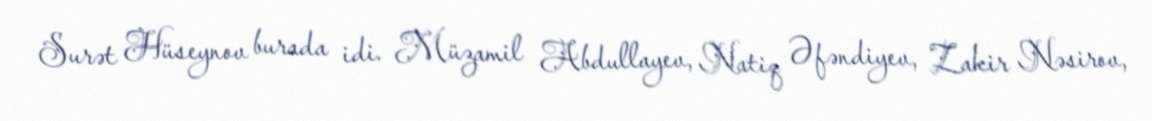
Surət Hüseynov burada idi. Müzamil Abdullayev, Natiq Əfəndiyev, Zakir Nəsirov,